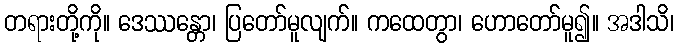
တရားတို့ကို။ ဒေဿန္တော၊ ပြတော်မူလျက်။ ကထေတွာ၊ ဟောတော်မူ၍။ အဒါသိ၊